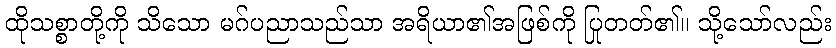
ထိုသစ္စာတို့ကို သိသော မဂ်ပညာသည်သာ အရိယာ၏အဖြစ်ကို ပြုတတ်၏။ သို့သော်လည်း